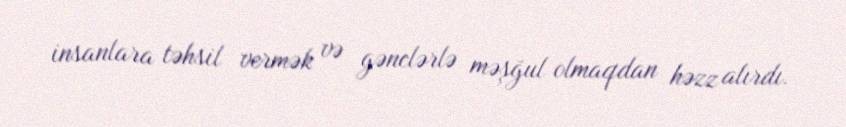
insanlara təhsil vermək və gənclərlə məşğul olmaqdan həzz alırdı.